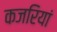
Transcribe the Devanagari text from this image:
कजरियां